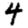
Digit: 4